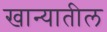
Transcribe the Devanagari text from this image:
खान्यातील